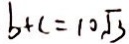
b + c = 1 0 \sqrt { 3 }